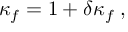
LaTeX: \kappa _ { f } = 1 + \delta \kappa _ { f } \; ,